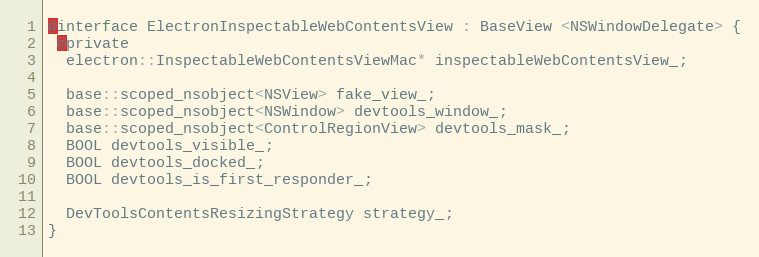
Language: C
@interface ElectronInspectableWebContentsView : BaseView <NSWindowDelegate> {
 @private
  electron::InspectableWebContentsViewMac* inspectableWebContentsView_;

  base::scoped_nsobject<NSView> fake_view_;
  base::scoped_nsobject<NSWindow> devtools_window_;
  base::scoped_nsobject<ControlRegionView> devtools_mask_;
  BOOL devtools_visible_;
  BOOL devtools_docked_;
  BOOL devtools_is_first_responder_;

  DevToolsContentsResizingStrategy strategy_;
}